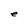
Character: e